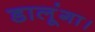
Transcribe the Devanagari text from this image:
डालूंगा।